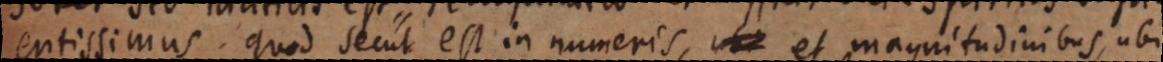
entissimus. Quod secus est in numeris, et magnitudinibus, ubi